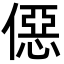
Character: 僫